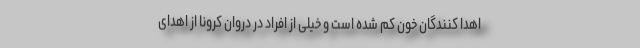
اهدا کنندگان خون کم شده است و خیلی از افراد در دروان کرونا از اهدای